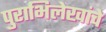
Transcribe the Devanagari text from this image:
पुराभिलेखांचे